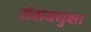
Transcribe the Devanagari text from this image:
संशययुक्त